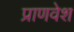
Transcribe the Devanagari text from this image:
प्राणवेश